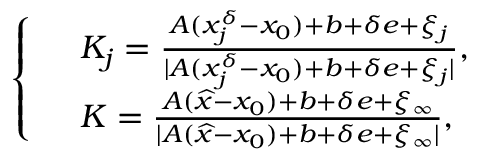
\left\{ \begin{array} { r l } & { K _ { j } = \frac { A ( x _ { j } ^ { \delta } - x _ { 0 } ) + b + \delta e + \xi _ { j } } { | A ( x _ { j } ^ { \delta } - x _ { 0 } ) + b + \delta e + \xi _ { j } | } , } \\ & { K = \frac { A ( \widehat { x } - x _ { 0 } ) + b + \delta e + \xi _ { \infty } } { | A ( \widehat { x } - x _ { 0 } ) + b + \delta e + \xi _ { \infty } | } , } \end{array} \right.